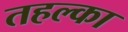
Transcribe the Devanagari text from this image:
तहल्‍का